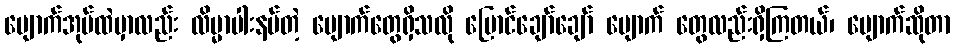
မျောက်အုပ်ထဲမှာလည်း လိမ္မာပါးနပ်တဲ့ မျောက်တွေရှိသလို ပြောင်ချော်ချော် မျောက် တွေလည်းရှိကြတယ်၊ မျောက်ဆိုတာ